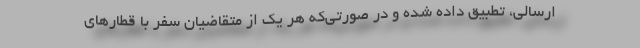
ارسالی، تطبیق داده شده و در صورتی‌که هر یک از متقاضیان سفر با قطارهای